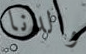
والدنا